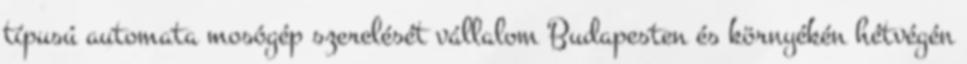
típusú automata mosógép szerelését vállalom Budapesten és környékén hétvégén